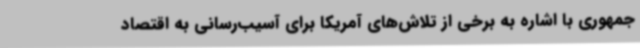
جمهوری با اشاره به برخی از تلاش‌های آمریکا برای آسیب‌رسانی به اقتصاد